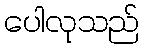
ပေါလုသည်